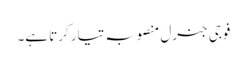
فوجی جنرل منصوبہ تیار کرتا ہے۔